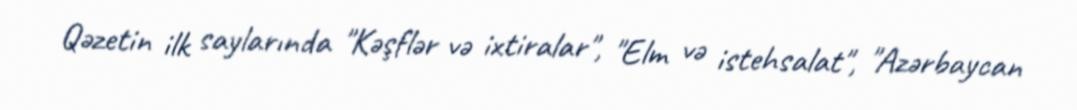
Qəzetin ilk saylarında "Kəşflər və ixtiralar", "Elm və istehsalat", "Azərbaycan